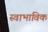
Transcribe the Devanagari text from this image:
स्‍वाभाविक